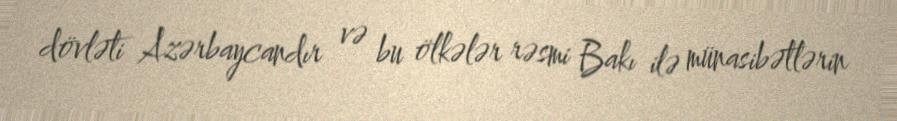
dövləti Azərbaycandır və bu ölkələr rəsmi Bakı ilə münasibətlərin